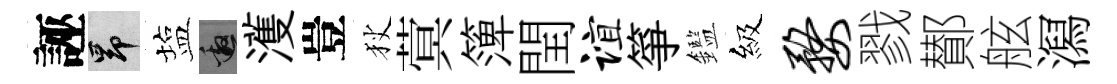
誣昂塩邀濩豈狄蓂𥱼閏谊箏鑑級婺戮鄼舷㵼